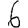
Digit: 6